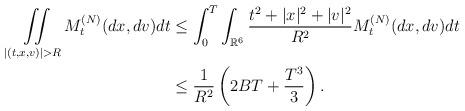
LaTeX: \begin{align*} \iint \limits_{|(t,x,v)|>R} M_t^{(N)}(dx,dv)dt &\leq \int_0^T\int_{\mathbb R^6} \dfrac {t^2+|x|^2+|v|^2}{R^2}M_t^{(N)}(dx,dv)dt\\ &\leq \dfrac {1}{R^2}\left(2B T+\dfrac {T^3}{3}\right). \end{align*}